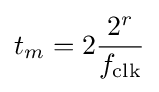
t_{m}=2{\frac {2^{r}}{f_{\text{clk}}}}